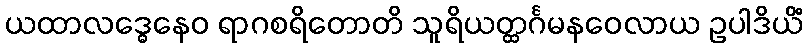
ယထာလဒ္ဓေနေဝ ရာဂစရိတောတိ သူရိယတ္ထင်္ဂမနဝေလာယ ဥပါဒိယိံ